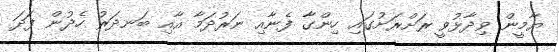
ޔާމީން ވިދާޅުވީ ރަށްރަށުގައި ހިންގާ ފެނާއި ނަރުދަމާ އާއި ބަނދަރު ހެދުން ފަދަ